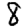
Digit: 8